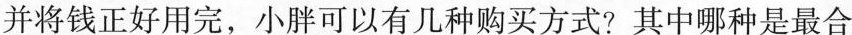
并将钱正好用完，小胖可以有几种购买方式？其中哪种是最合